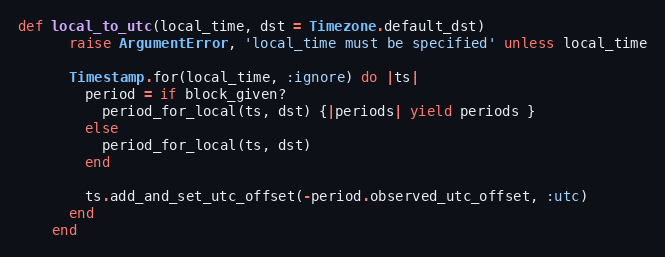
Language: Ruby
def local_to_utc(local_time, dst = Timezone.default_dst)
      raise ArgumentError, 'local_time must be specified' unless local_time

      Timestamp.for(local_time, :ignore) do |ts|
        period = if block_given?
          period_for_local(ts, dst) {|periods| yield periods }
        else
          period_for_local(ts, dst)
        end

        ts.add_and_set_utc_offset(-period.observed_utc_offset, :utc)
      end
    end